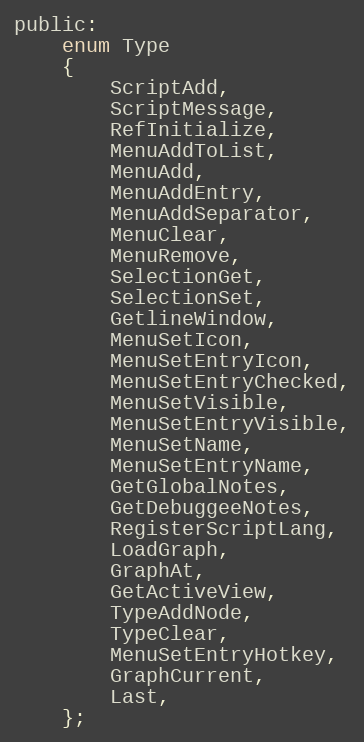
Language: C
public:
    enum Type
    {
        ScriptAdd,
        ScriptMessage,
        RefInitialize,
        MenuAddToList,
        MenuAdd,
        MenuAddEntry,
        MenuAddSeparator,
        MenuClear,
        MenuRemove,
        SelectionGet,
        SelectionSet,
        GetlineWindow,
        MenuSetIcon,
        MenuSetEntryIcon,
        MenuSetEntryChecked,
        MenuSetVisible,
        MenuSetEntryVisible,
        MenuSetName,
        MenuSetEntryName,
        GetGlobalNotes,
        GetDebuggeeNotes,
        RegisterScriptLang,
        LoadGraph,
        GraphAt,
        GetActiveView,
        TypeAddNode,
        TypeClear,
        MenuSetEntryHotkey,
        GraphCurrent,
        Last,
    };